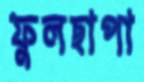
ফুলছাপা